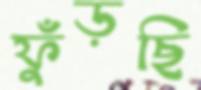
ফুঁড়ছি